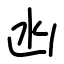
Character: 凼